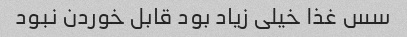
سس غذا خیلی زیاد بود قابل خوردن نبود